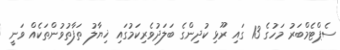
ސެޕްޓެމްބަރު މަހުގެ 13 ގައި ރޫޅި ކުދިންގެ ބަލަދުވެރިކަމުގައި ޚިޔާލު ތަފާތުވުންތަކެއް ވަނީ